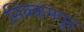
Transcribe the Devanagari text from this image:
सिक्कमपुर